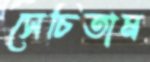
সেচিতাম